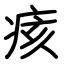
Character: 痎